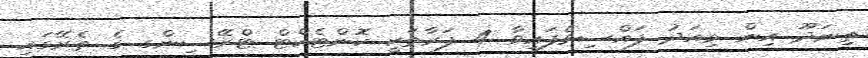
ތިނަދޫ އިން މިއަދު ފައްސިވެފައިވާ 4 ފަރާތަކީ ކޮންޓެކްޓް ޓްރޭސިންގ ގެ ތެރޭގައި